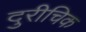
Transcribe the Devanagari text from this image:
दुरीचिक